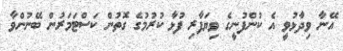
އޭނާ ވިދާޅުވީ އެ ކުންފުނީގެ ވިޔަފާރި ފުޅާ ކުރުމުގެ ގޮތުން ކަސްޓަމަރުން ބޭނުންވާ